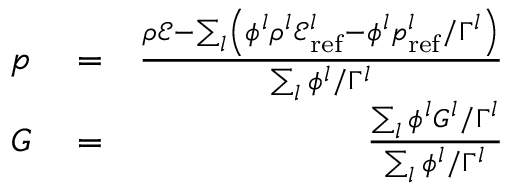
\begin{array} { r l r } { p } & { { } = } & { \frac { \rho \mathscr { E } - \sum _ { l } \left( \phi ^ { l } \rho ^ { l } \mathscr { E } _ { \mathrm { r e f } } ^ { l } - \phi ^ { l } p _ { \mathrm { r e f } } ^ { l } / \Gamma ^ { l } \right) } { \sum _ { l } \phi ^ { l } / \Gamma ^ { l } } } \\ { G } & { { } = } & { \frac { \sum _ { l } \phi ^ { l } G ^ { l } / \Gamma ^ { l } } { \sum _ { l } \phi ^ { l } / \Gamma ^ { l } } } \end{array}